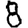
Digit: 8